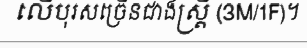
លើបុរសច្រើនជាងស្ត្រី (3M/1F)។